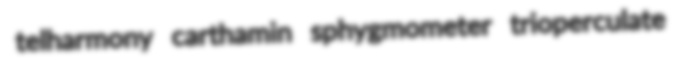
telharmony carthamin sphygmometer trioperculate